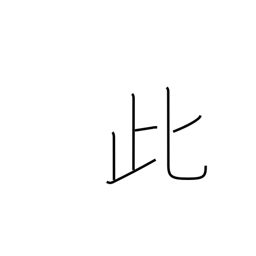
Meaning: this